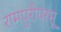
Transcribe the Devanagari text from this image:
रामपुरीपरसू